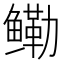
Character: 鳓